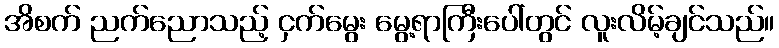
အိစက် ညက်ညောသည့် ငှက်မွေး မွေ့ရာကြီးပေါ်တွင် လူးလိမ့်ချင်သည်။